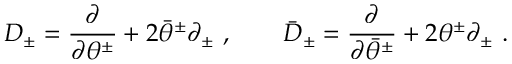
D _ { \pm } = \frac { \partial } { \partial \theta ^ { \pm } } + 2 \bar { \theta } ^ { \pm } \partial _ { \pm } \ , \qquad \bar { D } _ { \pm } = \frac { \partial } { \partial \bar { \theta } ^ { \pm } } + 2 { \theta } ^ { \pm } \partial _ { \pm } \ .